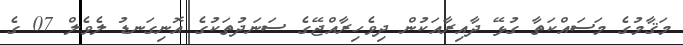
މަޤާމުގެ މަސައްކަތާ ގުޅޭ ދާއިރާއަކުން ދިވެހިރާއްޖޭގެ ސަނަދުތަކުގެ އޮނިގަނޑު ލެވެލް 07 ގެ